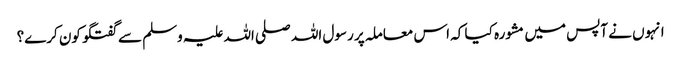
انہوں نے آپس میں مشورہ کیا کہ اس معاملہ پر رسول اللہ صلی اللہ علیہ وسلم سے گفتگو کون کرے؟